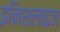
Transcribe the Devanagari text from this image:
इनिशलाइज़